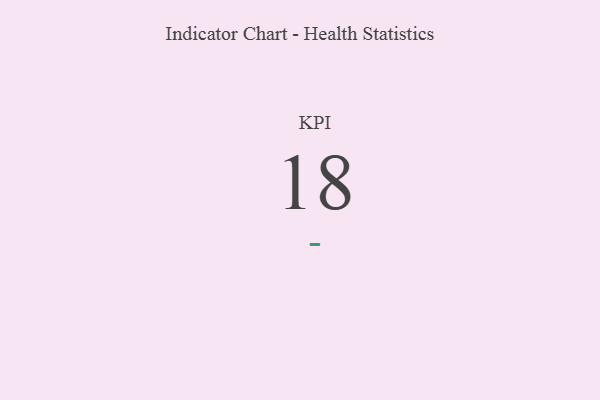
{"axis": {"x": "KPI", "y": "Value"}, "legend": [""], "data": [{"x": "KPI", "y": 18, "type": ""}]}